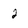
Character: 2